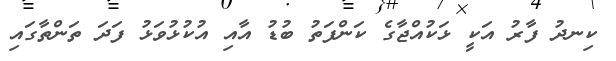
ކިނދު ފާރު އަކީ ޅަކުއްޖާގެ ކަންފަތު ބުޑު އާއި އުކުޅުވަޅު ފަދަ ތަންތާގައި